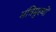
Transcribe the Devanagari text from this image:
मंत्रिमुख्यों